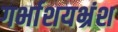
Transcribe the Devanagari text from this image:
गर्भाशयभ्रंश